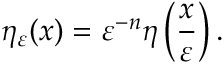
\eta _ { \varepsilon } ( x ) = \varepsilon ^ { - n } \eta \left( { \frac { x } { \varepsilon } } \right) .